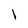
Character: 1